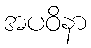
အပဝိနာ